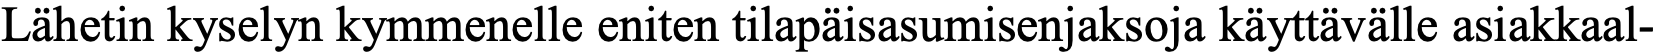
Lähetin kyselyn kymmenelle eniten tilapäisasumisenjaksoja käyttävälle asiakkaal-